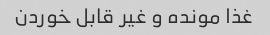
غذا مونده و غیر قابل خوردن